NAE_ERA_R-1950_Eesti_Ajakirjanike_Liit, lk 92
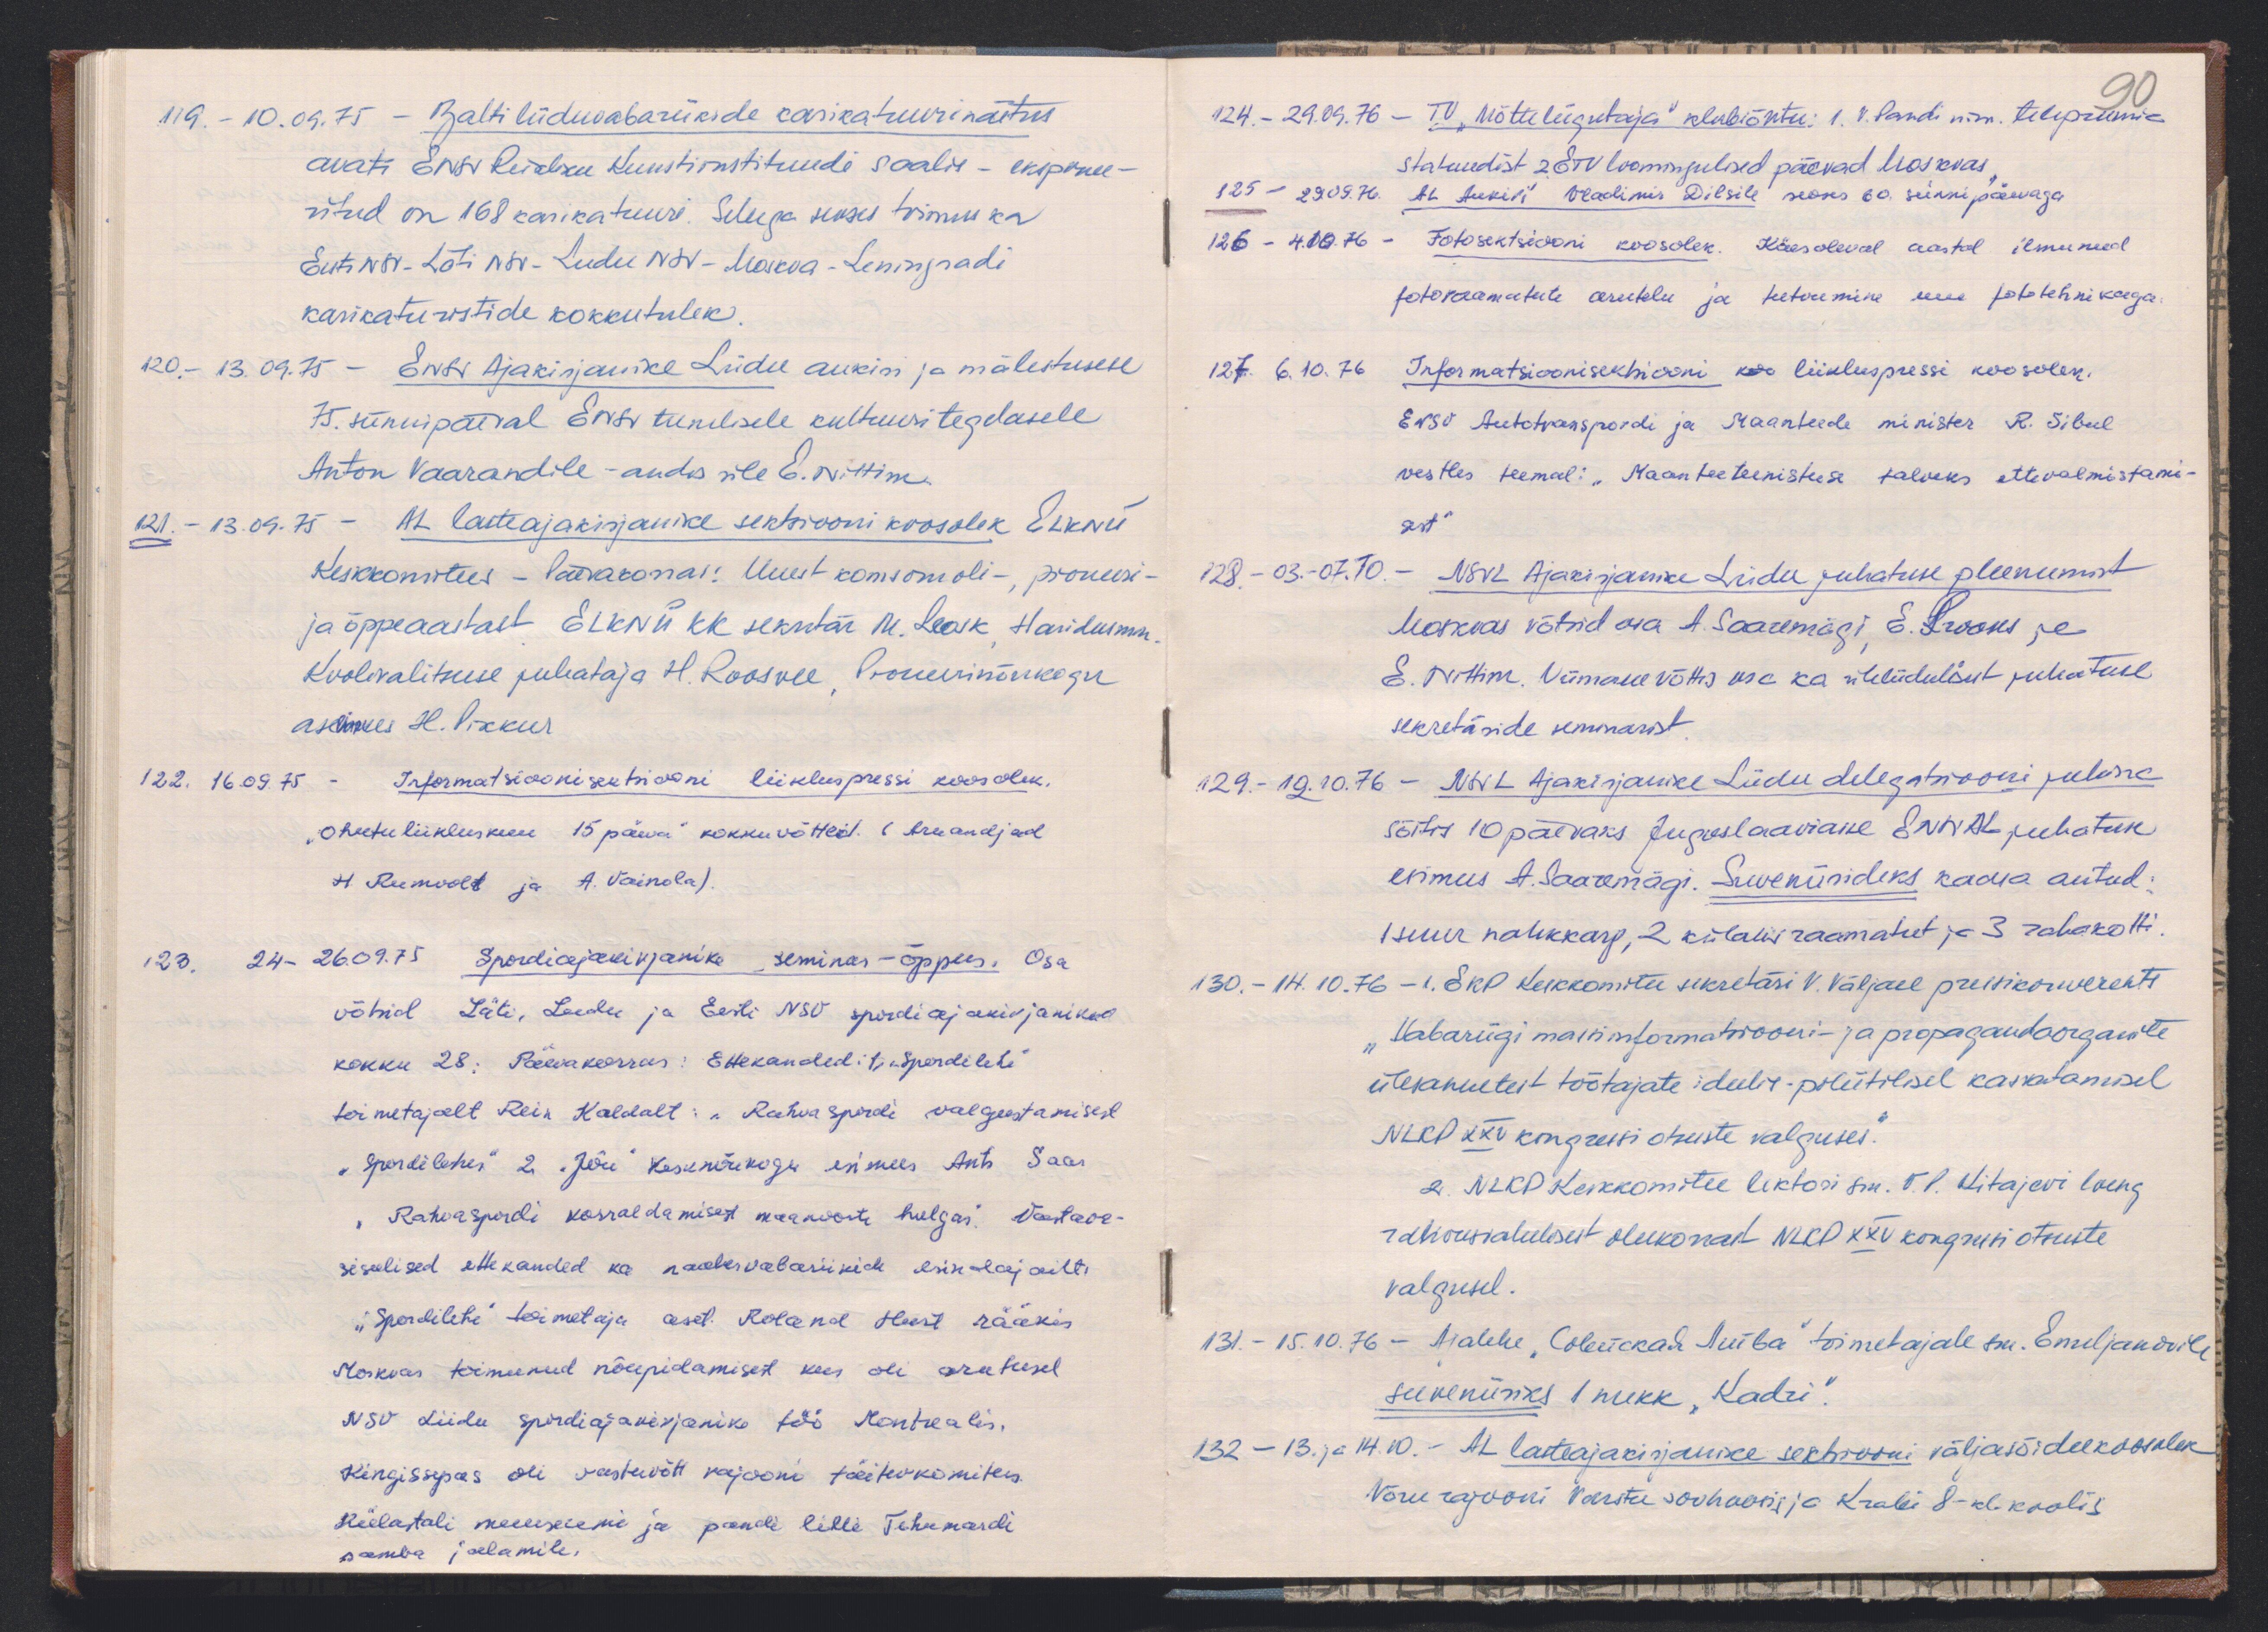
119. - 10.06.75 - Balti liiduvabariikide karikatuurinäitus
avati ENSV Riikliku Kunstiinstituudi saalis - eksponee-
ritud on 168 karikatuuri. Sellega seoses toimus ka
Eesti NSV - Läti NSV - Leedu NSV - Moskva - Leningradi
karikaturistide kokkutulek.
120.- 13.09.75 - ENSV Ajakirjanike Liidu aukiri ja mälestusese
75. sünnipäeval ENSV teenelisele kultuuri tegelasele
Anton Vaarandile - andis üle E. Nittim.
121. - 13.09.75 - 11. lasteajakirjanike sektsiooni koosolek ELKNÜ
Keskkomitees - Päevakorras: Uuest komsomoli - pioneeri-
ja õppeaastast ELKNÜ KK sekretär M. Leosk, Haridusmin
Koolivalimitsuse juhataja H. Roosvee Pioneerinõukogu
aseesimees H. Pikkur
122. 16.39.75 - Informatsioonisektsiooni liikluspressi koosolek.
"Ohutu liikluskuu 15 päeva" kokkuvõtteid. (Aruandjad
H. Rumvolt ja A. Vainola).
123. 24-26.09.75 Spordiajakirjanike seminar-õppus. Osa
võtsid Läti, Leedu ja Eesti NSV spordiajakirjanikud
kokku 28. Päevakorras: Ettekanded: t "Spordilehe"
toimetajalt Rein Kaldalt: "Rahvaspordi valgustamisest
"Spordilehes" 2 "Jõu" kesknõukogu esimees Ants Saar
"Rahvaspordi korraldamisest maanoorte hulgas". Vastava-
sisulised ettekanded ka naabervabariikide esindajailt.
"Spordilehe" toimetaja aset. Roland Hurt rääkis
Moskvas toimunud nõupidamisest kus oli arutusel
NSV Liidu spordiajakirjanike töö Montrealis.
Kingissepas oli vastuvõtt rajooni täitevkomitees.
külastati muuseumi ja pandi lilli Tehumardi
samba jalamile.

90
124. - 29.04.76 - TV "Mõtteliigutaja" klubiõhtu: 1. V. Pandi nim. telepreemia
statuudist 2 ETV loomingulised päevad Moskvas,
125 - 29.09.76. AL Aukiri Vladimir Dilsile seoses 60. sünnipäevaga
126 - 4.10.76 - Fotosektsiooni koosolek. Käesoleval aastal ilmunud
fotoraamatute arutelu ja tutvumine uue fototehnikaga
127. 6.10.76 Informatsiooniseksiooni koo liikluspressi koosolek,
ENSV Autotranspoodi ja Maanteede minister R. Sibul
vestles teemal: "Maanteeteenistuse talveks ettevalmistami-
sest.
128. - 03.-07.10. - NSVL Ajakirjanike Liidu juhatuse pleenumist
Moskvas võtsid osa A. Saaremägi, E. Prooses ja
E. Nittim. Viimane võttis osa ka üleliidulisest juhatuse
sekretäride seminarist.
129. - 12.10.76 - NSVL Ajakirjanike Liidu delegatsiooni juhina
sõitis 10 päevaks Jugoslaaviasse ENSV AL juhatuse
esimees A. Saaremägi. Suveniirideks kaasa antud:
1 suur nahkkarp, 2 külalisraamatut ja 3 rahakotti.
130. - 14.10.76 - 1. EKP Keskkomitee sekretäri V. Väljase pressikonverents
"Vabariigi massiinformatsiooni- ja propagandaorganite
ülesannetest töötajate ideelis-poliitilisel kasvatamisel
NLKP XXV kongressi otsuste valguses."
2. NLKP Keskkomitee lektori sm. V.P. Kitajevi loeng
rahvusvalulisest olukorrast NLKP XXV kongressi otsuste
valgusel.
131. - 15.10.76 - Ajalehe "Квескай Лива" toimetajale sm. Emeljanovile
suveniiriks 1 nukk "Kadri".
132 - 13. ja 14.10. - AL lasteajakirjanike sektsiooni väljasõidukoosolek
Võru rajooni Varstu sovhoosis ja Krabi 8- kl. koolis